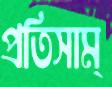
প্রতিসাম্